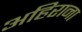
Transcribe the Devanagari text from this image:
अहिराना